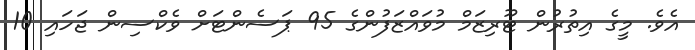
އެވެ. މީގެ އިތުރުން ޓޫރިޒަމް މުވައްޒަފުންގެ 95 ޕަސެންޓަށް ވެކްސިން ޖަހައި 10